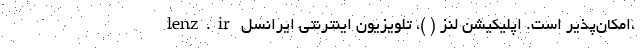
lenz.ir امکان‌پذیر است. اپلیکیشن لنز ( )، تلویزیون اینترنتی ایرانسل،